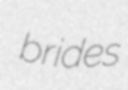
brides